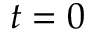
t = 0